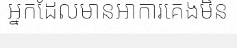
អ្នកដែលមានអាការគេងមិន